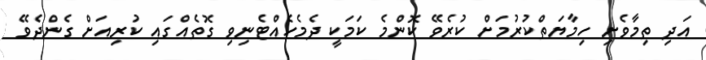
އަދި ތިމާވެށި ހިމާޔަތްކުރުމަށް ކުރެވޭ ކޮންމެ ކަމަކީ ދެމެހެއްޓެނިވި ގޮތެއްގައި ކުރިއަށް ގެންދެވޭ